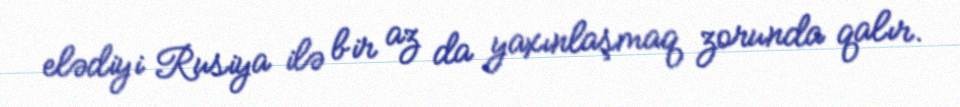
elədiyi Rusiya ilə bir az da yaxınlaşmaq zorunda qalır.